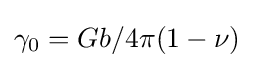
\gamma _{0}=Gb/4\pi (1-\nu )\,\!